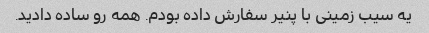
یه سیب زمینی با پنیر سفارش داده بودم. همه رو ساده دادید.